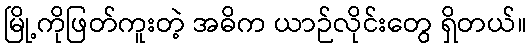
မြို့ကိုဖြတ်ကူးတဲ့ အဓိက ယာဉ်လိုင်းတွေ ရှိတယ်။